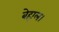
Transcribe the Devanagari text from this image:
बेहाल।